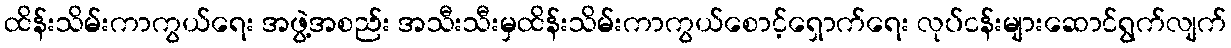
ထိန်းသိမ်းကာကွယ်ရေး အဖွဲ့အစည်း အသီးသီးမှထိန်းသိမ်းကာကွယ်စောင့်ရှောက်ရေး လုပ်ငန်းများဆောင်ရွက်လျက်